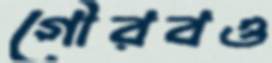
গৌরবও